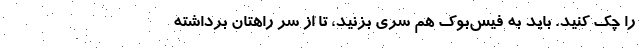
را چک کنید. باید به فیس‌بوک هم سری بزنید، تا از سر راهتان برداشته